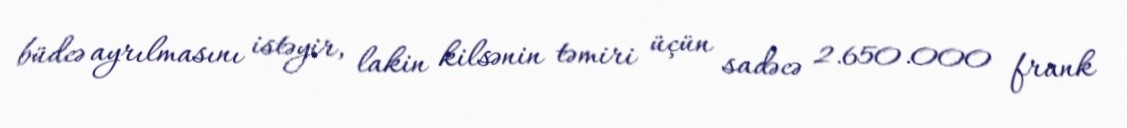
büdcə ayrılmasını istəyir, lakin kilsənin təmiri üçün sadəcə 2.650.000 frank